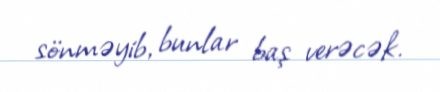
sönməyib, bunlar baş verəcək.